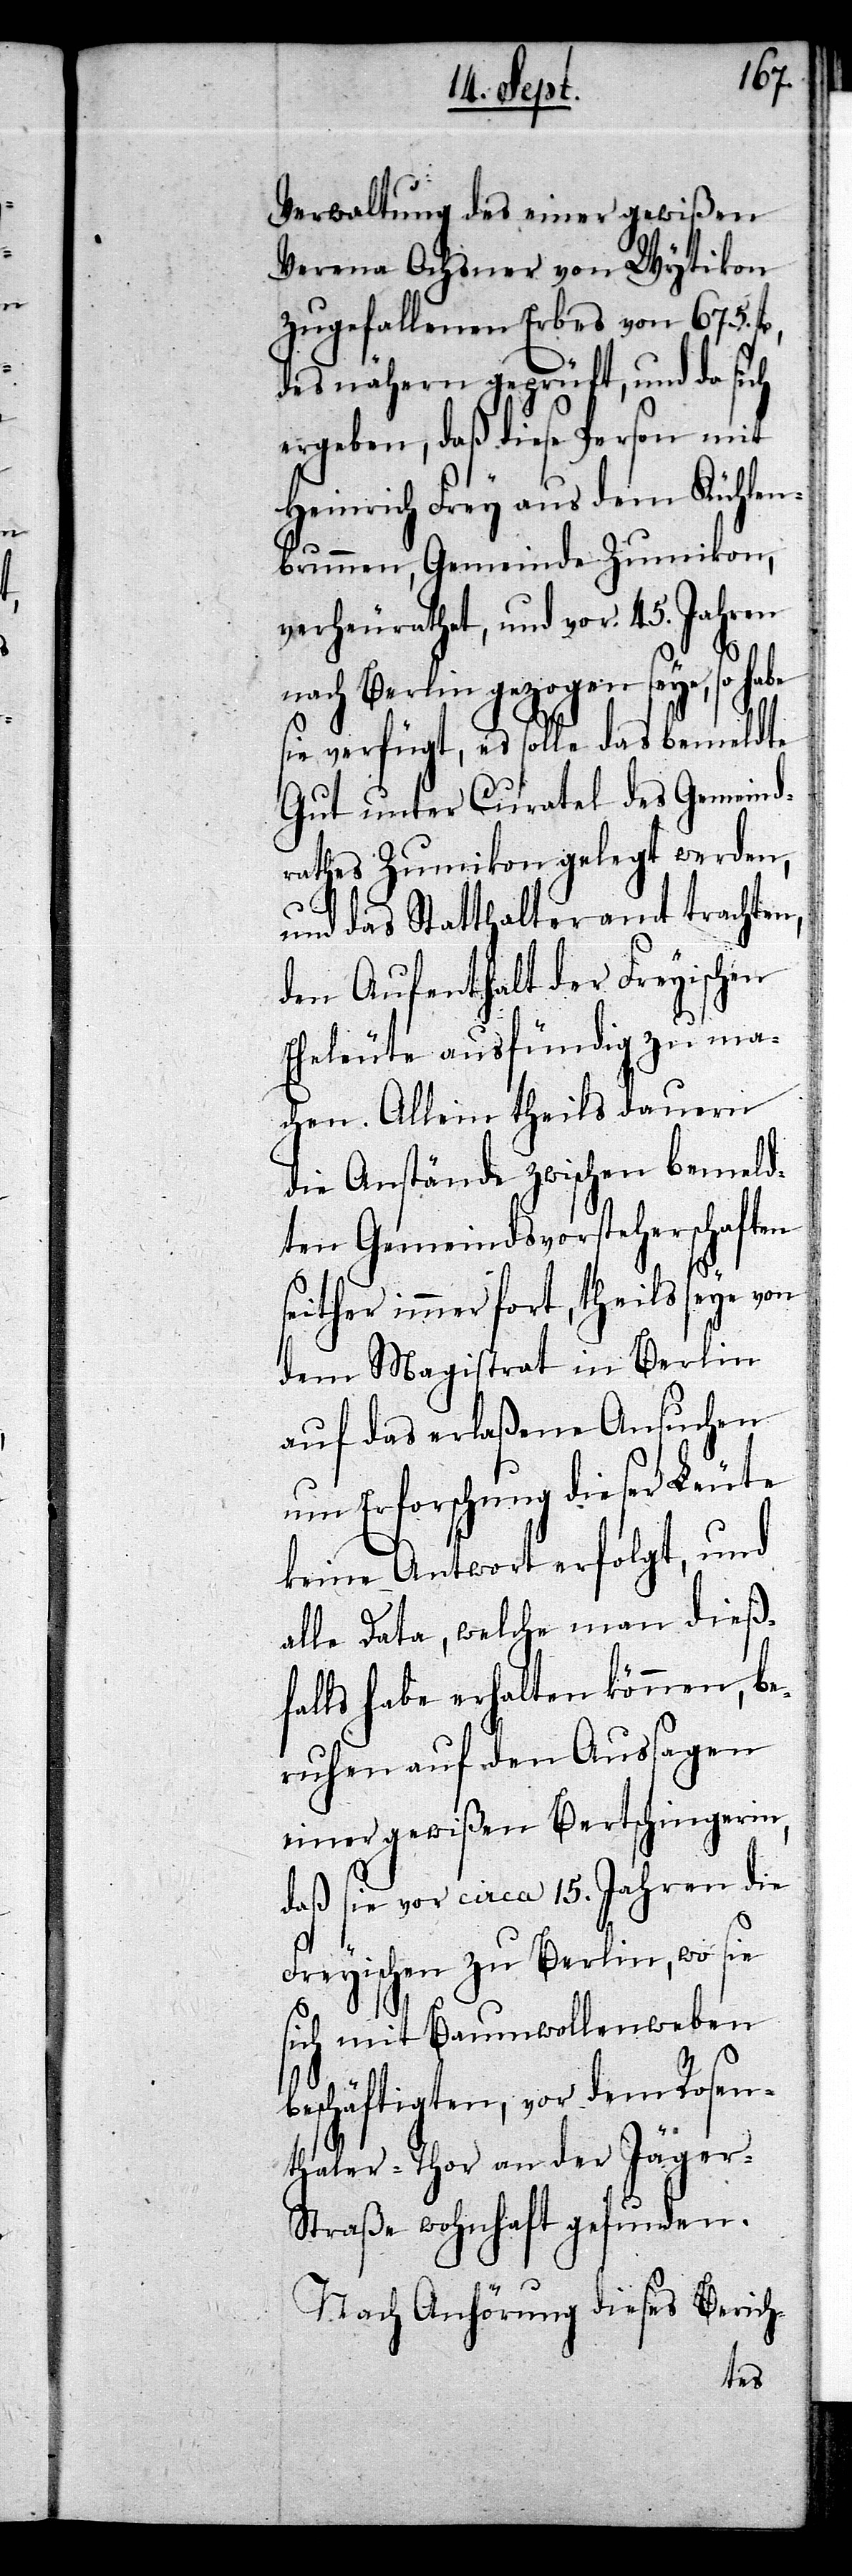
Verwaltung des einer gewißen
Verena Ochsner von Wytikon
zugefallenen Erbes von 675.
des nähern geprüft, und da sich
ergeben, daß diese Person mit
Heinrich Frey aus dem Kühlen¬
brunnen, Gemeinde Zumikon,
verheurathet, und vor 45. Jahren
t-
nach Berlin gezogen seye, so habe
sie verfügt, es solle das bemeldte
Gut unter Curatel des Gemeind¬
rathes Zumikon gelegt werden,
und das Statthalteramt trachten,
den Aufenthalt der Freyischen
Eheleute ausfündig zu ma¬
chen. Allein theils dauern
die Anstände zwischen bemeld¬
ten Gemeindsvorsteherschaften
seither immer fort, theils seye von
dem Magistrat in Berlin
auf das erlaßene Ansuchen
um Erforschung dieser Leute
keine Antwort erfolgt, und
alle Data, welche man dieß¬
falls habe erhalten können, be¬
ruhen auf den Aussagen
einer gewißen Bertschingerin,
daß sie vor circa 15. Jahren die
Freyischen zu Berlin, wo sie
sich mit Baumwollenweben
beschäftigten, vor dem Rosen¬
thaler-Thor an der Jäger-S¬
traße wohnhaft gefunden.
Nach Anhörung dieses Berich¬